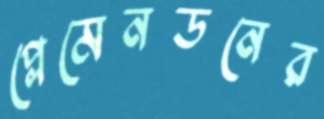
প্লেমেনডনের